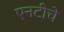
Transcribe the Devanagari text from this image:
एनटीचे